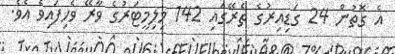
އެ ގޮތުން 24 ގަޑިއިރުގެ ތެރޭގައި 142 މިލިމީޓަރުގެ ވާރޭ ވެހިފައިވެ އެވެ.